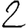
Digit: 2